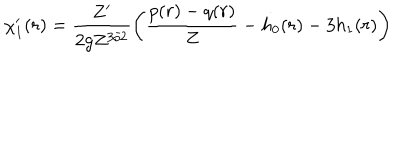
\chi _ { 1 } ^ { \prime } ( r ) = \frac { Z ^ { \prime } } { 2 g Z ^ { 3 / 2 } } \left( \frac { p ( r ) - q ( r ) } { Z } - h _ { 0 } ( r ) - 3 h _ { 1 } ( r ) \right)